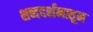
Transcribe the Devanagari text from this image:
शब्ददर्शनातून